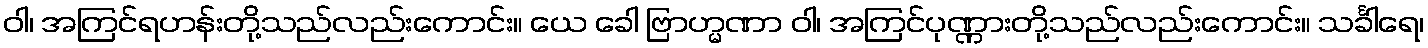
ဝါ၊ အကြင်ရဟန်းတို့သည်လည်းကောင်း။ ယေ ခေါ ဗြာဟ္မဏာ ဝါ၊ အကြင်ပုဏ္ဏားတို့သည်လည်းကောင်း။ သင်္ခါရေ၊